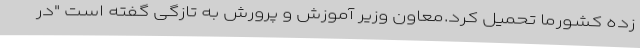
زده کشورما تحمیل کرد.معاون وزیر آموزش و پرورش به تازگی گفته است "در